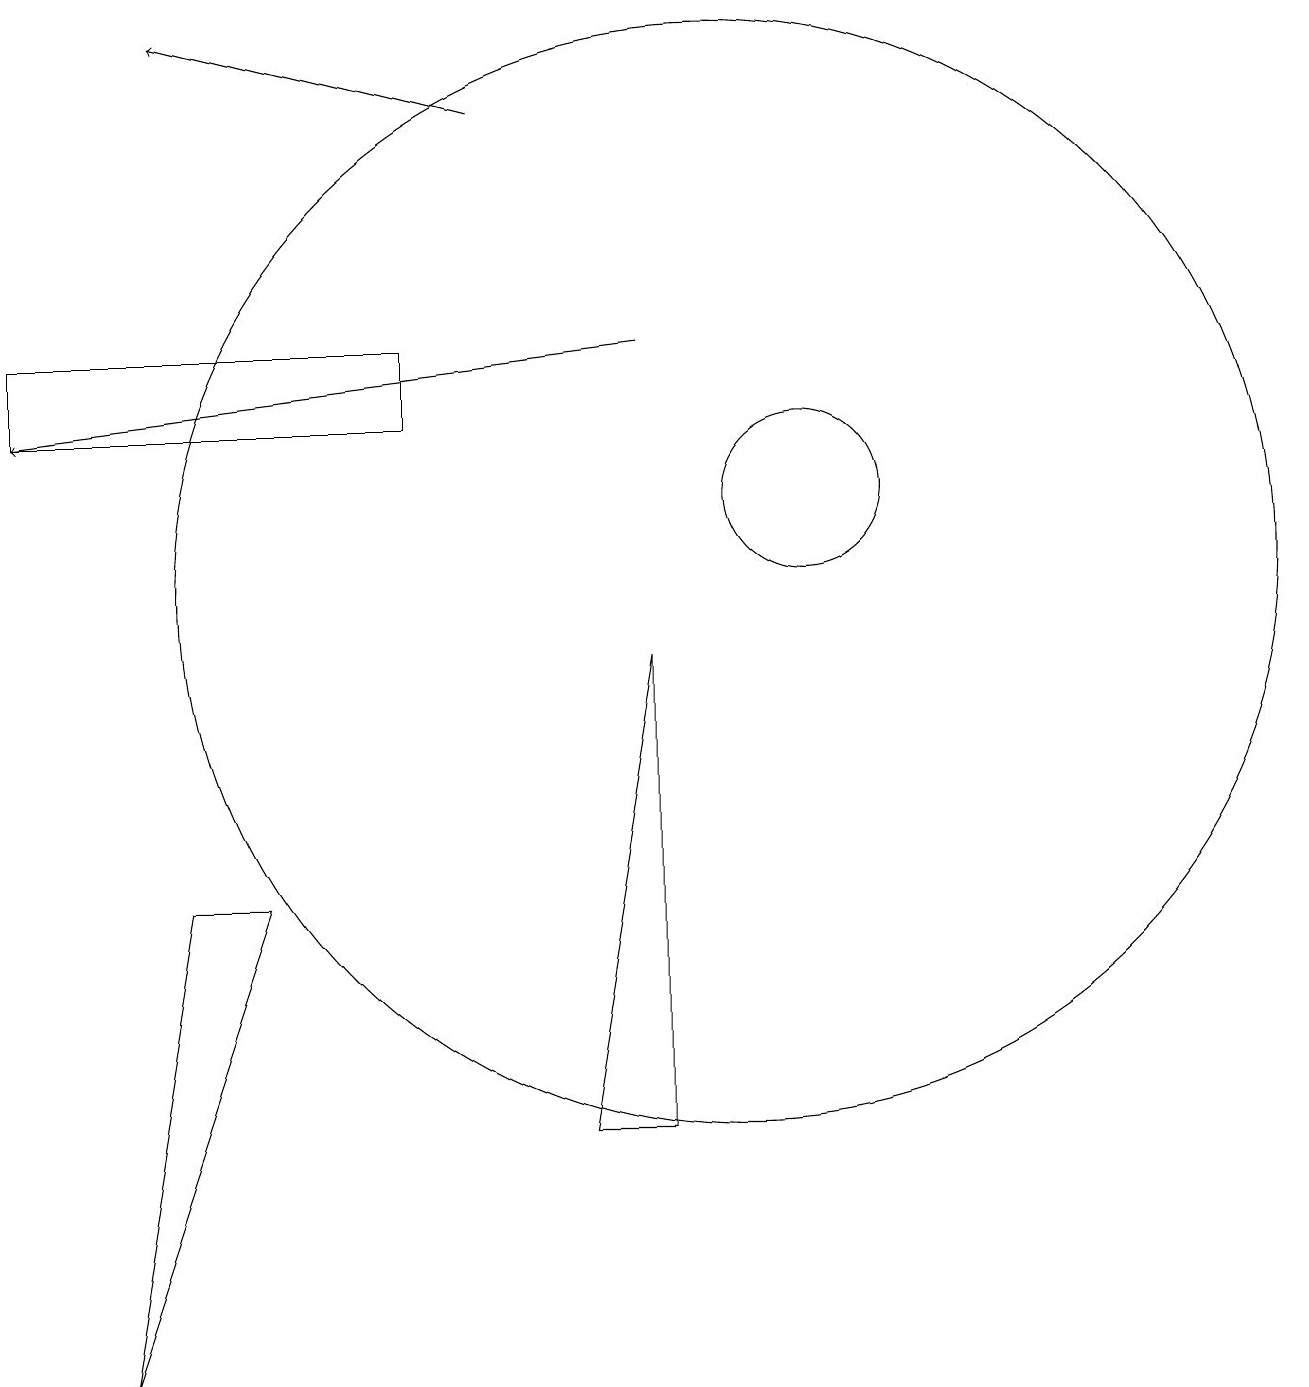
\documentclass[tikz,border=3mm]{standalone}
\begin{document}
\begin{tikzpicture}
\draw[->] (7,16) -- (3,17);
\draw (11,11) circle (1);
\draw (10,10) circle (7);
\draw (1,13) rectangle (6,12);
\draw (9,9) -- (9,3) -- (8,3) -- cycle;
\draw[->] (9,13) -- (1,12);
\draw (4,6) -- (2,0) -- (3,6) -- cycle;
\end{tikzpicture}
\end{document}